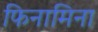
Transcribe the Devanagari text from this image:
फिनामिना